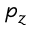
p _ { z }